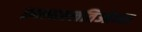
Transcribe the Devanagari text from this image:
इन्स्तल्लतिओन्स